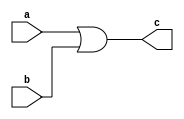
module add(a,b,c);
	input a,b;
	output c;
	assign c = a|b;
endmodule

/*  invalid code
module adder(clk,rst, arg1,arg2,out,overflow); // how to read from memory[reg] for each bits, using selector?
	parameter L = 100;
	parameter N = 16;
	input clk, rst;
	input [N*L-1:0] arg1;
	input [N*L-1:0] arg2;
	output [N*L-1:0] out;

	output overflow; // overflow check
	reg overflow;
	reg [4:0] ct;
	wire [N-1:0] a,b,q;
	wire c;
	reg cout;
	adderNbit #(.N( N )) adder ( a,b,q,c );
	assign a = arg1[8*ct+7 -:7];
	assign b = arg2[8*ct+7 -:7];

	always @(posedge clk or posedge rst) begin
		if (rst) begin
			ct <= 0;			
		end
		else if (ct != L) begin 
			out[8*ct+7 -:7] <= q;
			cout <= c;
			ct <= ct+1;
		end else begin
			overflow <= q;
		end
	end
endmodule
*/

// add a,b(10bit,decimal)
// restrict   a,b unsigned, b!=0, 0<a,b<1000
//calc a-b with carry, 0<q<1000
module add10bitD(a,b, q,cin, cout); //sub 10bit decimal (10bit conressponds to 1000)
	parameter N = 10;
	input [N-1:0] a,b;
	output [N-1:0] q;
	input cin; 
	output cout;
	wire [N:0] cmp;
	assign cmp = 11'd1000;
	assign q    = (a+b+cin < cmp) ? (a+b+cin) : (a+b+cin-cmp); // lower bits assigned?
	assign cout = (a+b+cin < cmp) ? 0         : 1; // lower bits assigned?	
endmodule

module adderNbit( a,b,q,out );
	parameter N = 8;
	input[N-1:0] a,b;
	output[N-1:0] q;
	output out;
	
	wire[N:0] cout;
	assign cout[0] = 1'b0;
	assign out = cout[N];
	
	generate
	genvar i;
	for(i=0;i<N;i=i+1)
	begin: addgen
		fulladd add0( a[i],b[i], cout[i], q[i], cout[i+1] );
	end	
	endgenerate
endmodule

module add16bit(a,b,q,cout);
	parameter N = 16;
	input [N-1:0] a,b;
	output[N-1:0] q;
	output cout;
	adderNbit #(.N( N )) adder8bit( a,b,q,cout );
endmodule
	
module fulladd(a,b,cin,q,cout);
	input a,b,cin;
	output q,cout;
	assign {cout,q} = a+b+cin;
endmodule
	
module mul8bit(clk,rst,a,b,q);
	input clk,rst;
	input [7:0] a,b;
	output [16:0] q;
	reg [15:0] amem,bmem;
	reg [16:0] q; //17bit
	reg [3:0] count;
	
	wire [15:0] adderout;
	wire addercout;
	adderNbit #(.N(16)) adder16bit( q[15:0] , amem,adderout,addercout );
	always@(posedge clk)begin
		if(!rst)begin
			q <= 16'h00;
			count <= 8;
			amem <= a; bmem <= b;
		end else if(count != 0)begin
			if(bmem[0] == 1'b1) begin
				q <= {addercout, adderout};
			end
			bmem <= bmem >> 1; amem <= amem << 1;
			count <= count -1;
		end
		
	end
endmodule